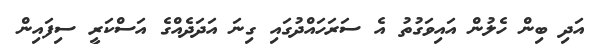
އަދި ބިން ހެލުން އައިވަގުތު އެ ސަރަހައްދުގައި ގިނަ އަދަދެއްގެ އަސްކަރީ ސިފައިން